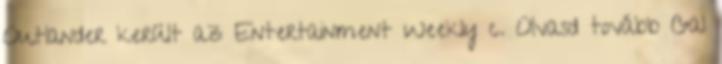
Outlander került az Entertainment Weekly c. Olvasd tovább Gal